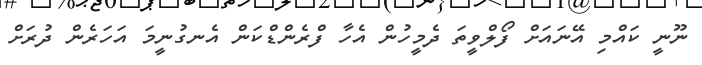
ނޫނީ ކައްމި އޭނައަށް ފޯލްވީތަ ދެމީހުން އެހާ ފްރެންޑްކަން އެނގުނީމަ އަހަރެން ދުރަށް